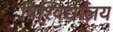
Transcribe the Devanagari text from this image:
विश्‍विद्यालय